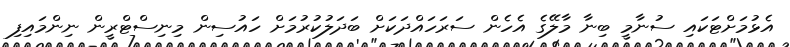
އެޅުމަށްޓަކައި ސުނާމީ ބިނާ މާލޭގެ އެހެން ސަރަހައްދަކަށް ބަދަލުކުރުމަށް ހައުސިން މިނިސްޓްރީން ނިންމައިފި